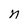
Character: n